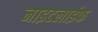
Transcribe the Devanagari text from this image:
नाइटलाईफ